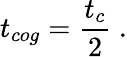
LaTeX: t_{cog}=\frac{t_{c}}{2}~.